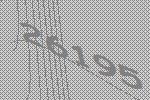
26195